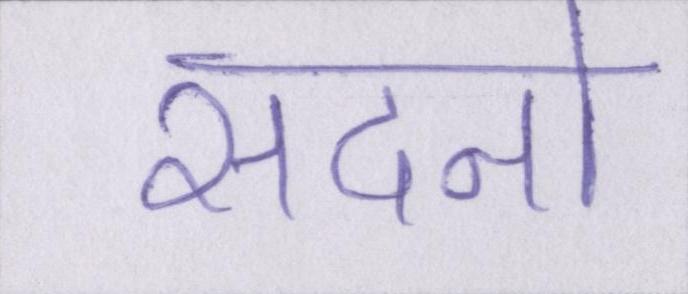
सदनो